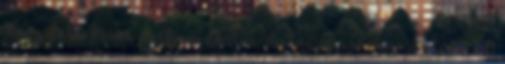
100 g feta kissé szétmorzsolva dulni, majd morzsoljuk rá